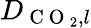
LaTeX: D_{\mathrm{~C~O~}_{2},l}